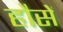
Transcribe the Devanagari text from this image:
हौसें